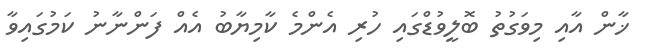
ޚާން އާއި މިވަގުތު ބޮލީވުޑްގައި ހުރި އެންމެ ކާމިޔާބު އެއް ފަންނާނު ކަމުގައިވާ